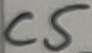
Text: C5